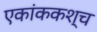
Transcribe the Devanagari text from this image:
एकांककश्च